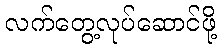
လက်တွေ့လုပ်ဆောင်ဖို့